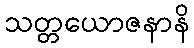
သတ္တယောဇနာနိ